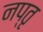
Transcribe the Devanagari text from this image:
नप्तृ